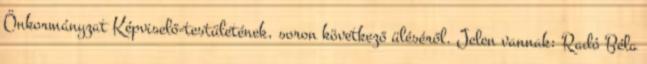
Önkormányzat Képviselő-testületének, soron következő üléséről. Jelen vannak: Radó Béla